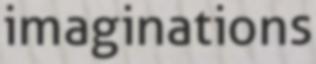
imaginations